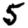
Digit: 5